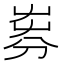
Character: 𡴚